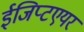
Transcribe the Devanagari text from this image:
ईजिप्टएयर